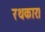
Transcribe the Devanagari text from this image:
रथकारः।